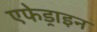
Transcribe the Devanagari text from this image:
एफेड्राइन